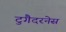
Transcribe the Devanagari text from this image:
टुगैदरनेस